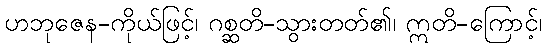
ဟဘုဇေန-ကိုယ်ဖြင့်၊ ဂစ္ဆတိ-သွားတတ်၏၊ ဣတိ-ကြောင့်၊